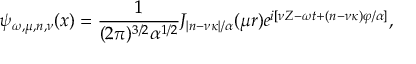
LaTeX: \psi _ { \omega , \mu , n , \nu } ( x ) = \frac { 1 } { ( 2 \pi ) ^ { 3 / 2 } \alpha ^ { 1 / 2 } } J _ { | n - \nu \kappa | / \alpha } ( \mu r ) e ^ { i [ \nu Z - \omega t + ( n - \nu \kappa ) \varphi / \alpha ] } ,